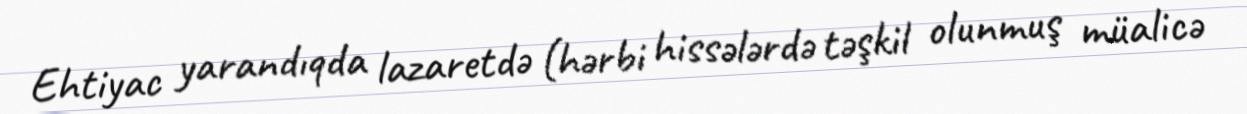
Ehtiyac yarandıqda lazaretdə (hərbi hissələrdə təşkil olunmuş müalicə